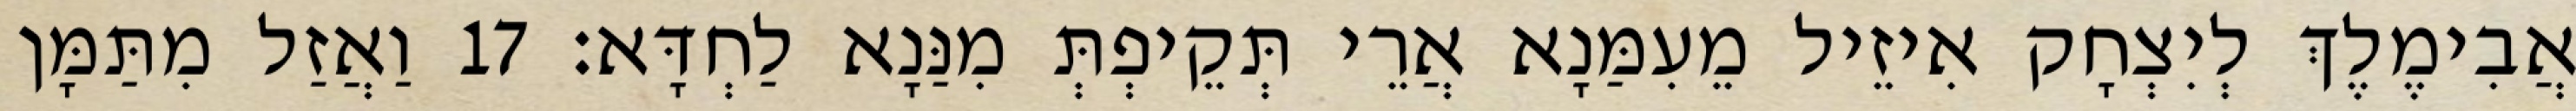
אֲבִימֶלֶךְ לְיִצְחָק אִיזֵיל מֵעִמַּנָא אֲרֵי תְּקֵיפְתְּ מִנַּנָא לַחְדָּא׃ 17 וַאֲזַל מִתַּמָּן